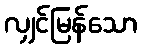
လျှင်မြန်သော